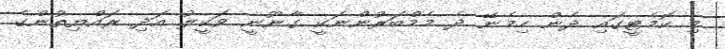
މި ކޮމެޓީގައި ދެން ހިމެނޭ ދެ މެމްބަރުންނަކީ ގާނޫނީ ވަކީލު އަދި ރައްޔިތުންގެ